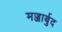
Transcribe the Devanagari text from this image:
मज्जार्बुद